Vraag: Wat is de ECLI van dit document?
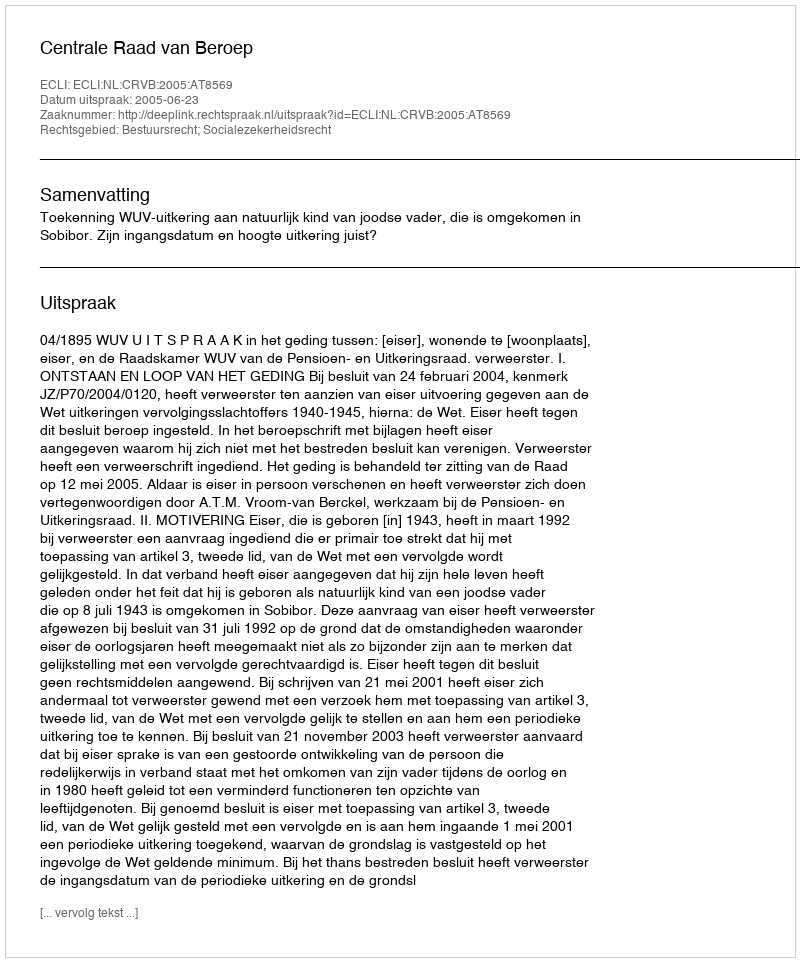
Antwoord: ECLI:NL:CRVB:2005:AT8569